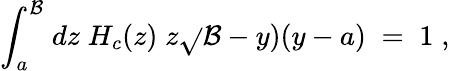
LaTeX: {\int}_{a}^{\mathcal{B}}\; dz\; H_{c}(z)\; z\sqrt{}{{\mathcal{B}-y)(y-a)}}\; =\; 1\; ,